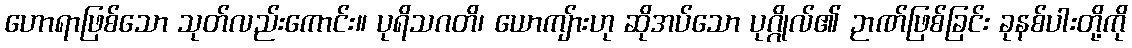
ဟောရာဖြစ်သော သုတ်လည်းကောင်း။ ပုရိသဂတိ၊ ယောကျ်ားဟု ဆိုအပ်သော ပုဂ္ဂိုလ်၏ ဉာဏ်ဖြစ်ခြင်း ခုနစ်ပါးတို့ကို